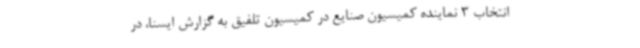
انتخاب 3 نماینده کمیسیون‌ صنایع در کمیسیون تلفیق به گزارش ایسنا، در